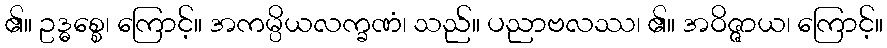
၏။ ဥဒ္ဓစ္စေ၊ ကြောင့်။ အကမ္ပိယလက္ခဏံ၊ သည်။ ပညာဗလဿ၊ ၏။ အဝိဇ္ဇာယ၊ ကြောင့်။